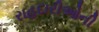
રાહદારીઓની